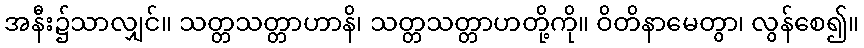
အနီး၌သာလျှင်။ သတ္တသတ္တာဟာနိ၊ သတ္တသတ္တာဟတို့ကို။ ဝိတိနာမေတွာ၊ လွန်စေ၍။